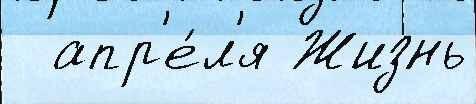
  апр'е́л'я Жизнь